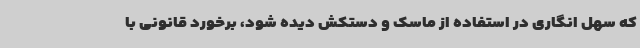
که سهل انگاری در استفاده از ماسک و دستکش دیده شود، برخورد قانونی با